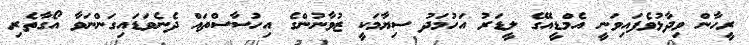
ރީހާން ވިދާޅުވެފައިވަނީ އެމްޑީއޭގެ ލީޑަރު އަހުމަދު ސިޔާމަކީ ޒުވާނުންގެ އިހުސާސްތައް ދެނެވަޑައިގަންނަވާ އޯގާތެރި